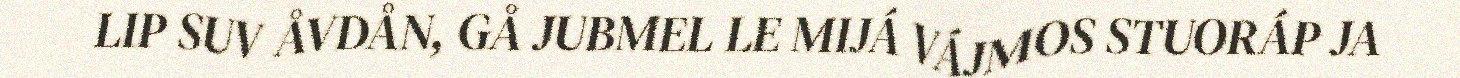
LIP SUV ÅVDÅN, GÅ JUBMEL LE MIJÁ VÁJMOS STUORÁP JA